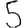
Digit: 5